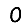
Digit: 0